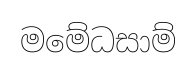
මමේධසාම්